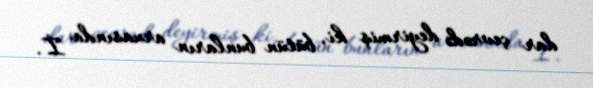
dar çevrədə deyirmiş ki, bütün bunların arxasında İ.